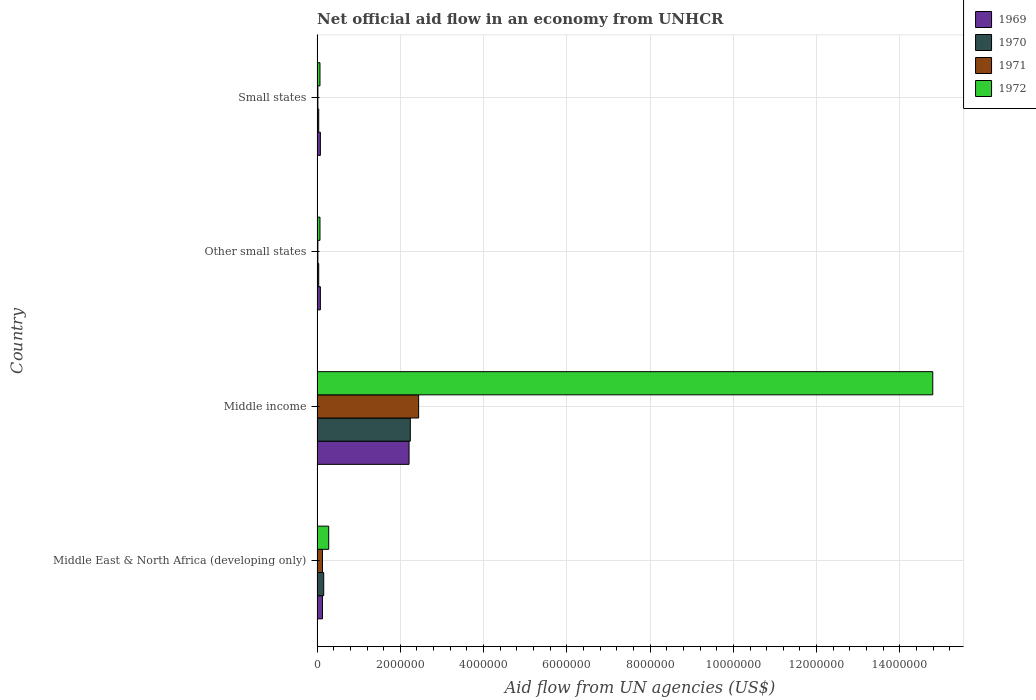
| Country | 1969 | 1970 | 1971 | 1972 |
 | --- | --- | --- | --- | --- |
 | Middle East & North Africa (developing only) | 1.3e+05 | 1.6e+05 | 1.3e+05 | 2.8e+05 |
 | Middle income | 2.21e+06 | 2.24e+06 | 2.44e+06 | 1.48e+07 |
 | Other small states | 8e+04 | 4e+04 | 2e+04 | 7e+04 |
 | Small states | 8e+04 | 4e+04 | 2e+04 | 7e+04 |